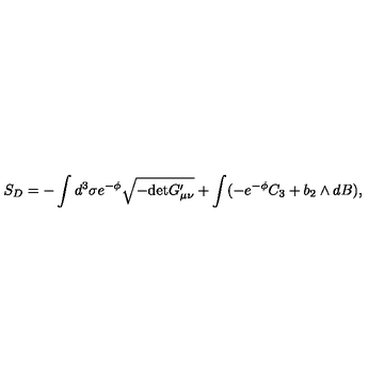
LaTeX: S _ { D } = - \int d ^ { 3 } \sigma e ^ { - \phi } \sqrt { - \mathrm { d e t } G _ { \mu \nu } ^ { \prime } } + \int ( - e ^ { - \phi } C _ { 3 } + b _ { 2 } \wedge d B ) ,